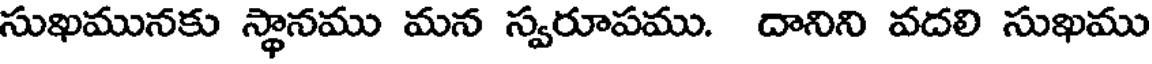
సుఖమునకు స్థానము మన స్వరూపము. దానిని వదలి సుఖము